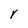
Character: r